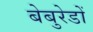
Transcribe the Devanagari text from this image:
बेबुरेडों